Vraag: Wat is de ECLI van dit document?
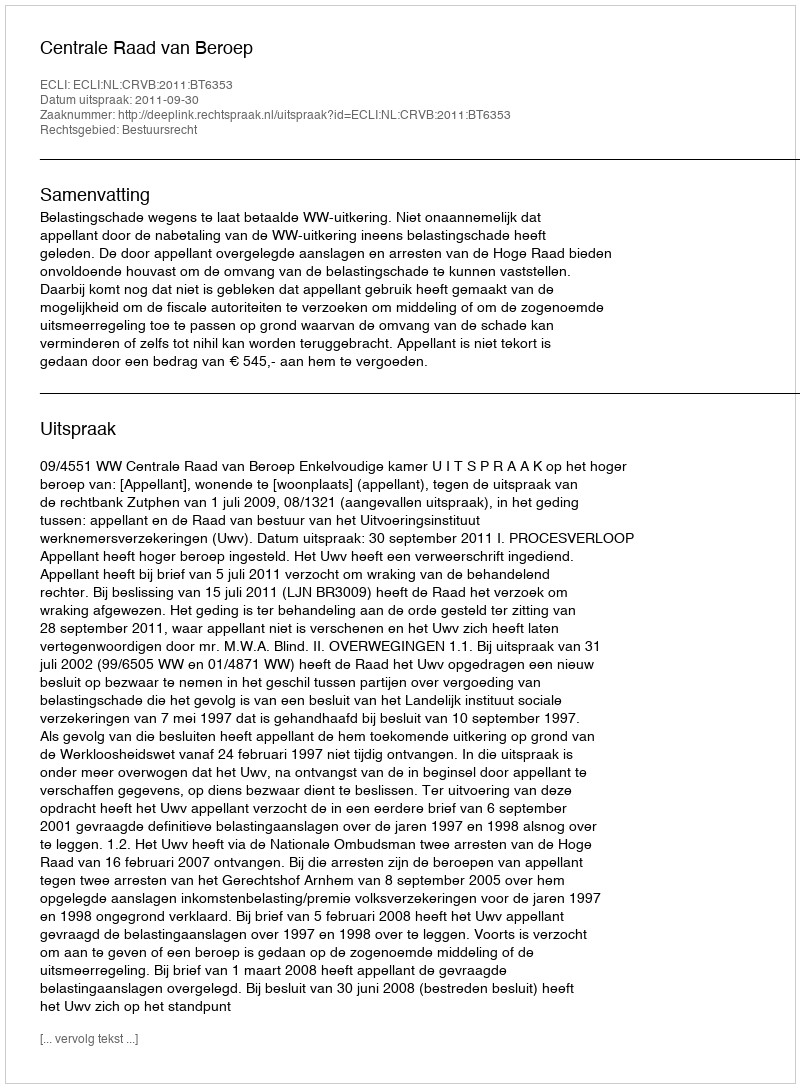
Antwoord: ECLI:NL:CRVB:2011:BT6353